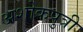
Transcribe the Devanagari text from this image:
अशोकपुत्री